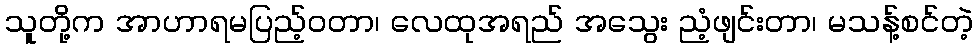
သူတို့က အာဟာရမပြည့်ဝတာ၊ လေထုအရည် အသွေး ညံ့ဖျင်းတာ၊ မသန့်စင်တဲ့